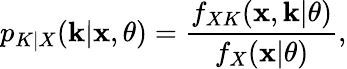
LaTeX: p_{K|X}(\mathbf k|\mathbf x,\theta)=\frac{f_{XK}(\mathbf x,\mathbf k|\theta)}{f_{X}(\mathbf x|\theta)},